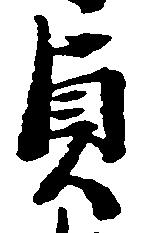
貞